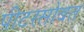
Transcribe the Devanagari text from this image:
पीटरसोबत